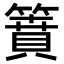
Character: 𥳡